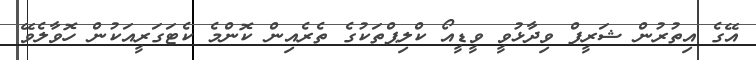
އޭގެ އިތުރުން ޝަރީފް ވިދާޅުވީ ވީޑީއޯ ކްލިޕްތަކުގެ ތެރެއިން ކޮންމެ ކެޓަގަރީއަކުން ހޮވާލެވޭ